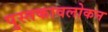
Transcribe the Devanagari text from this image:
पुस्तकावलोकन